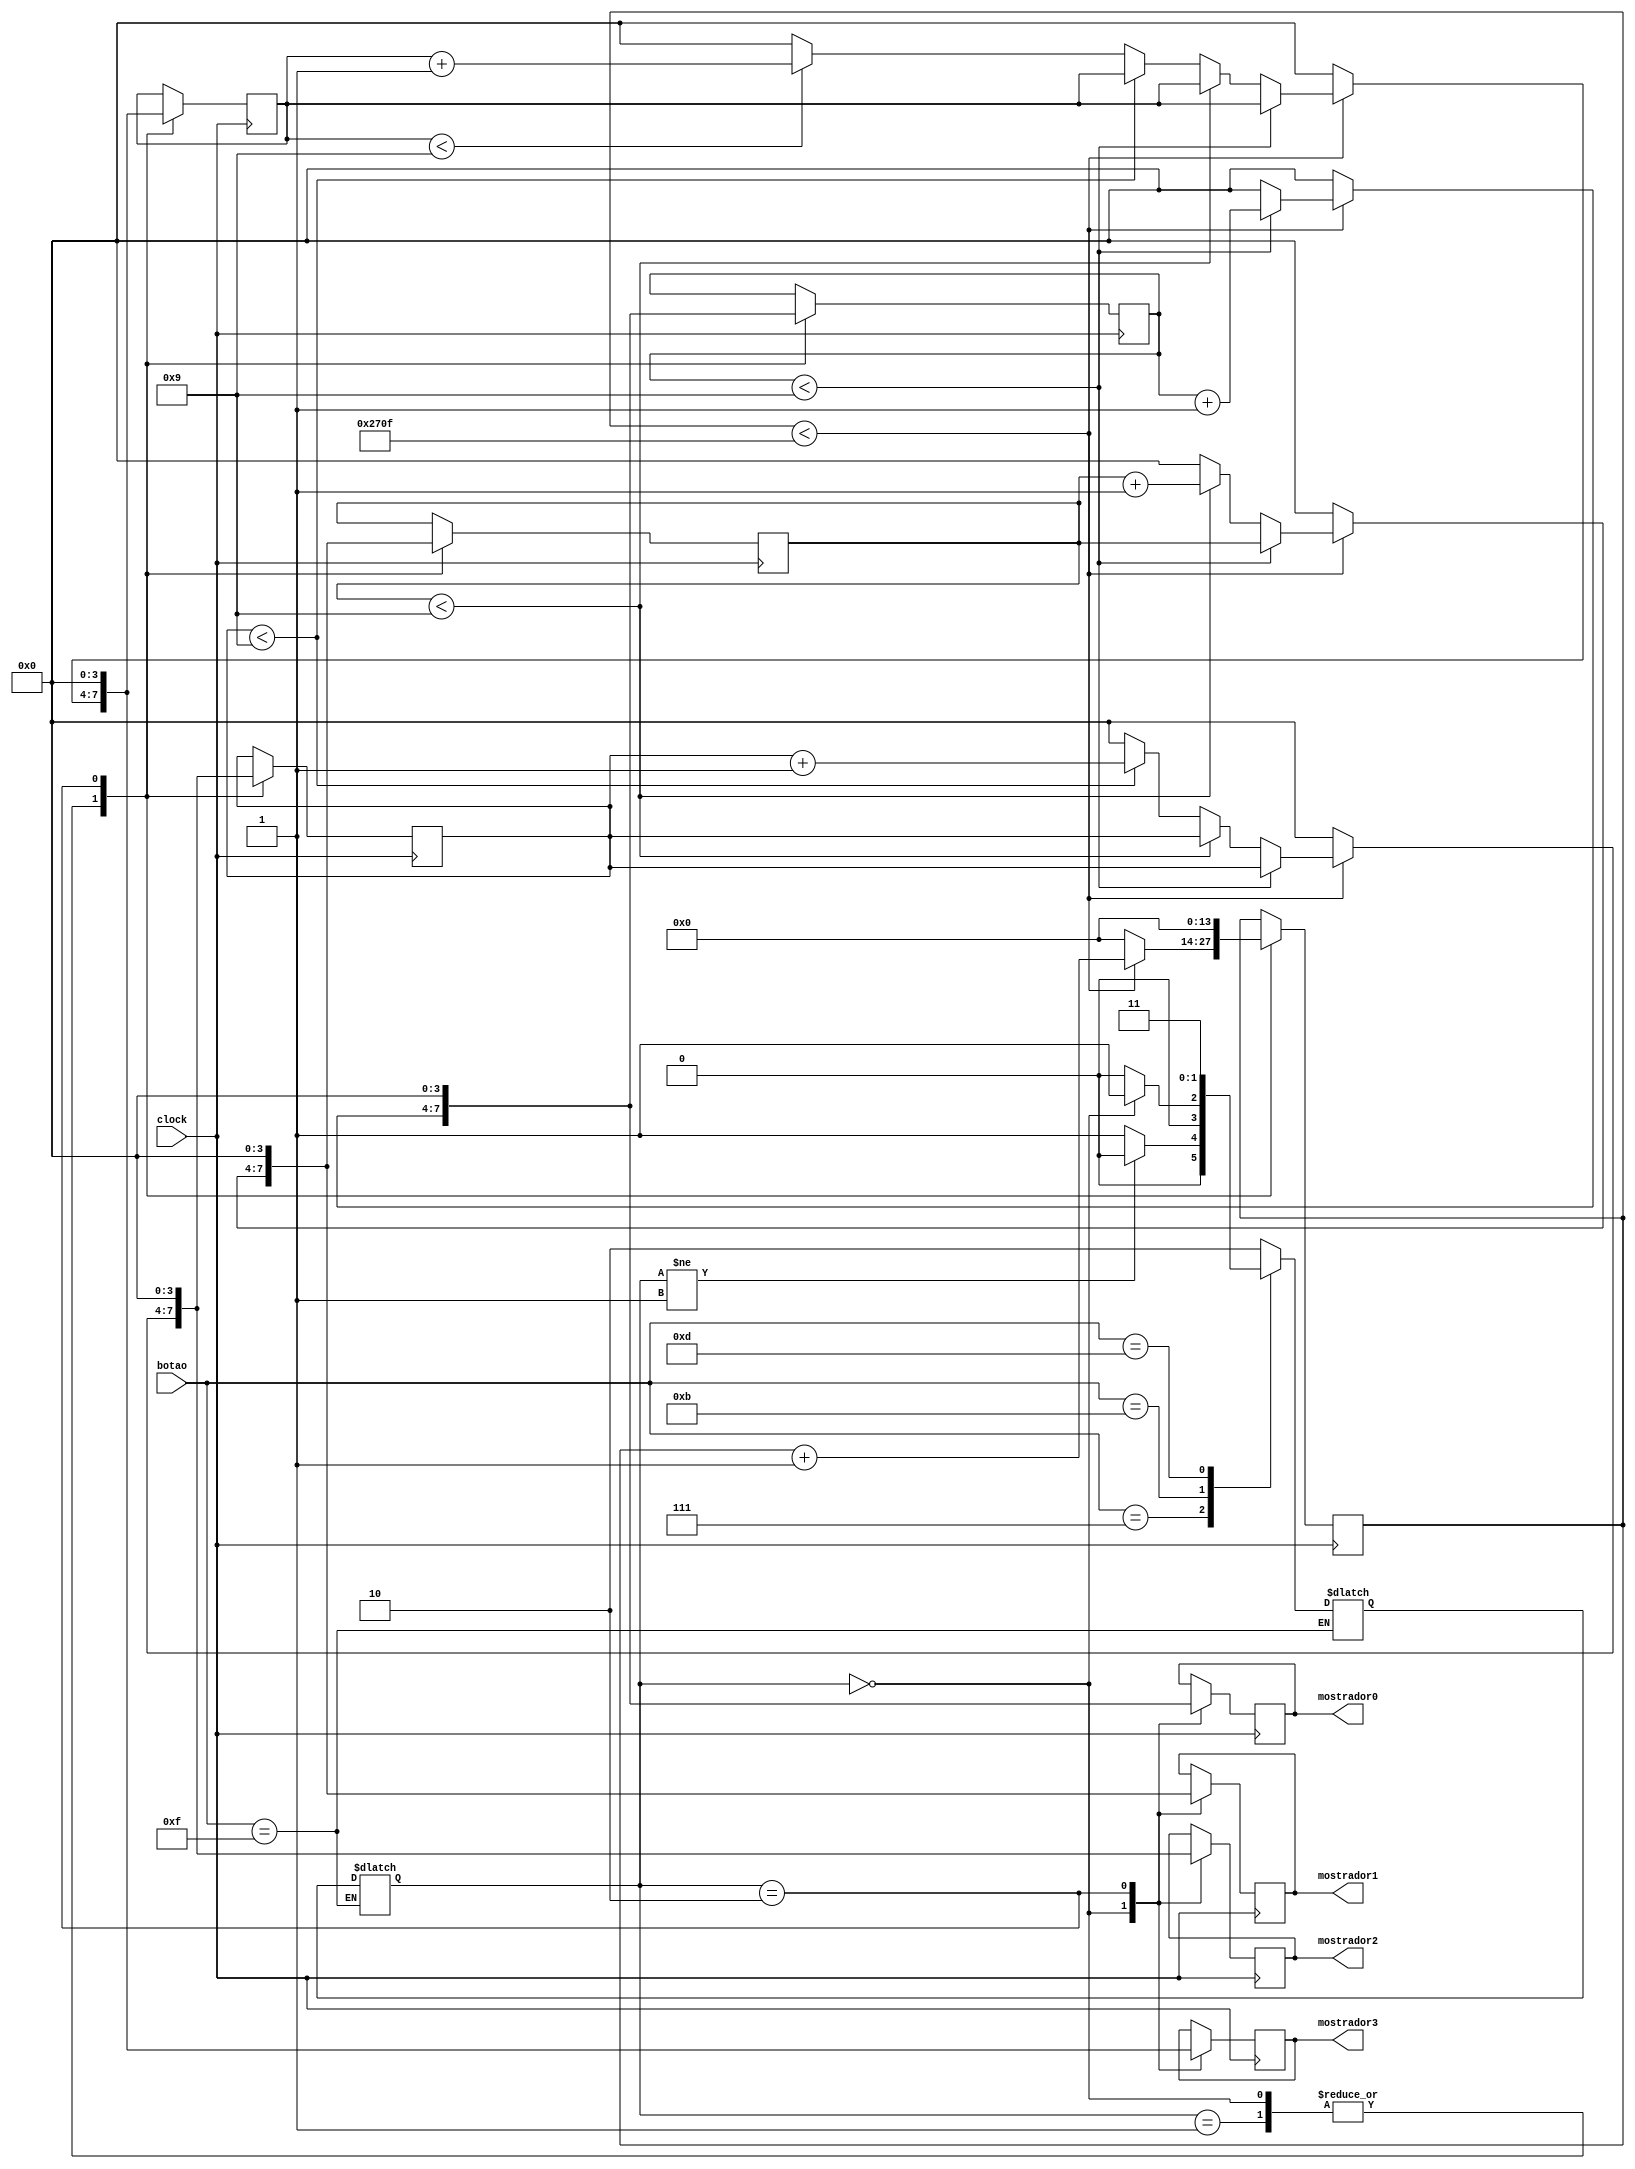
module Cronometro(clock, mostrador0, mostrador1, mostrador2, mostrador3, botao);

input clock;
input[3:0] botao;
output reg[3:0] mostrador0, mostrador1, mostrador2, mostrador3;

//botao = 1111 -> padrao (nao apertar nenhum botao)
//botao = 0111 -> contar (apertar botao[3])
//botao = 1011 -> pausar (apertar botao[2])
//botao = 1101 -> parar (apertar botao[1])
//botao = 1110 -> resetar (apertar botao[0])
reg[13:0] numero;
initial numero <= 14'd0;
parameter [1:0] contar = 2'b00, pausar = 2'b01, resetar = 2'b10, parar = 2'b11;
reg[1:0] estado;
initial estado <= resetar;
reg[1:0] prox_estado;
initial prox_estado <= resetar;
reg[3:0] numero0;
reg[3:0] numero1;
reg[3:0] numero2;
reg[3:0] numero3;
initial numero0 <= 4'd0;
initial numero1 <= 4'd0;
initial numero2 <= 4'd0;
initial numero3 <= 4'd0;


always@(posedge clock)
begin
  case(estado)
  contar:
  begin
    if (numero < 14'd9999)
    begin
      numero = numero + 14'd1;
		if (numero0 < 4'd9)
		begin
			numero0 = numero0 + 4'd1;
		end
		else
		begin
			numero0 = 4'd0;
			if(numero1 < 4'd9)
			begin
				numero1 = numero1 + 4'd1;
			end
			else
			begin
				numero1 = 4'd0;
				if (numero2 < 4'd9)
				begin
					numero2 = numero2 + 4'd1;
				end
				else
				begin
					numero2 = 4'd0;
					if (numero3 < 4'd9)
					begin
						numero3 = numero3 + 4'd1;
					end
					else
					begin
						numero3 = 0;
					end
				end
			end
		end
    end
    else
    begin
      numero = 14'd0;
		numero0 = 4'd0;
		numero1 = 4'd0;
		numero2 = 4'd0;
		numero3 = 4'd0;
    end
		mostrador0 = numero0;
		mostrador1 = numero1;
		mostrador2 = numero2;
		mostrador3 = numero3;
  end
  pausar:
  begin
    if (numero < 14'd9999)
    begin
      numero = numero + 14'd1;
		if (numero0 < 4'd9)
		begin
			numero0 = numero0 + 4'd1;
		end
		else
		begin
			numero0 = 4'd0;
			if(numero1 < 4'd9)
			begin
				numero1 = numero1 + 4'd1;
			end
			else
			begin
				numero1 = 4'd0;
				if (numero2 < 4'd9)
				begin
					numero2 = numero2 + 4'd1;
				end
				else
				begin
					numero2 = 4'd0;
					if (numero3 < 4'd9)
					begin
						numero3 = numero3 + 4'd1;
					end
					else
					begin
						numero3 = 0;
					end
				end
			end
		end
    end
    else
    begin
      numero = 14'd0;
		numero0 = 4'd0;
		numero1 = 4'd0;
		numero2 = 4'd0;
		numero3 = 4'd0;
    end
  end
  resetar:
  begin
		numero = 14'd0;
		numero0 = 4'd0;
		numero1 = 4'd0;
		numero2 = 4'd0;
		numero3 = 4'd0;
		mostrador0 = 4'd0;
		mostrador1 = 4'd0;
		mostrador2 = 4'd0;
		mostrador3 = 4'd0;
  end
  endcase
end



always@(botao)
begin
	if (botao == 4'b1111)
	begin
		estado <= prox_estado;
	end
	else
	begin
		case (botao)
		4'b0111: //contar
		begin
		if (estado != pausar)
		begin
			prox_estado <= contar;
		end
		else
		begin
			prox_estado <= pausar;
		end
		end
		4'b1011: //pausar
		begin
			if (estado == contar)
			begin
				prox_estado <= pausar;
			end
			else
			begin
				prox_estado <= contar;
			end
		end
		4'b1101: //parar
		begin
			prox_estado <= parar;
		end
		default: //resetar
		begin
			prox_estado <= resetar;
		end
		endcase
	end
end
endmodule